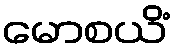
မောစယိံ